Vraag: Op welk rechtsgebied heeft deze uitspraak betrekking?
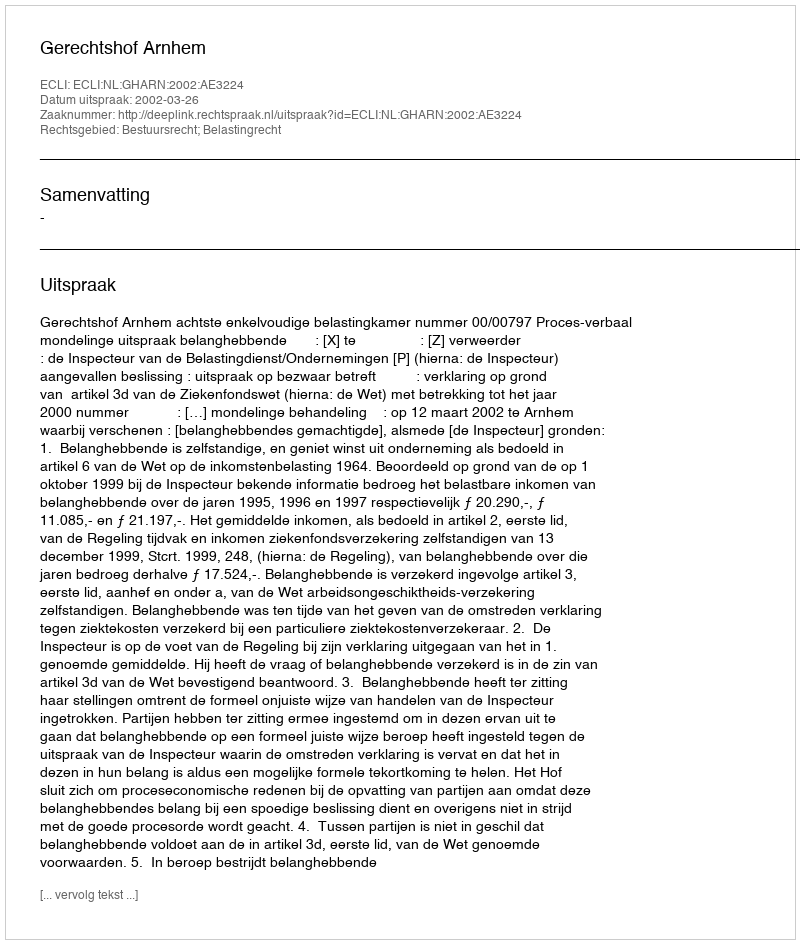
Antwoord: Bestuursrecht; Belastingrecht